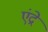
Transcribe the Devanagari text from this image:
एंद्रे